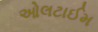
ઓલટાઈમ